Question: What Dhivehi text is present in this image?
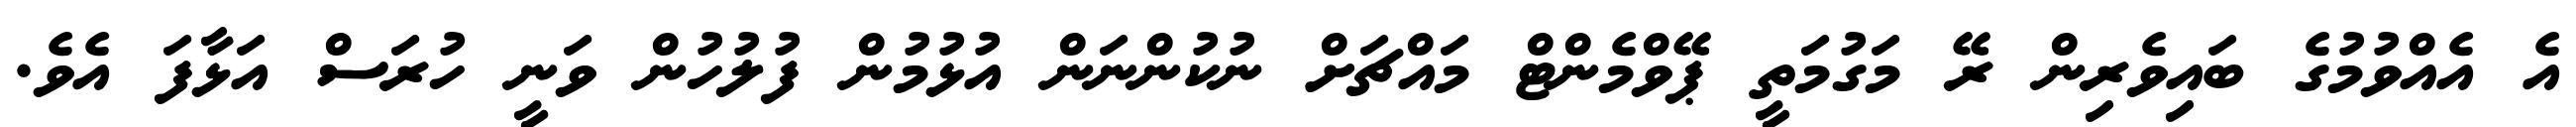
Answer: އެ އެއްވުމުގެ ބައިވެރިން ރޭ މަގުމަތީ ޕޭވްމެންޓް މައްޗަށް ނުކުންނަން އުޅުމުން ފުލުހުން ވަނީ ހުރަސް އަޅާފަ އެވެ.